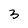
Character: 3